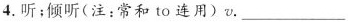
4.听；倾听(注：常和to连用)v.___